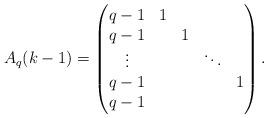
LaTeX: \begin{align*} A_q(k-1) = \begin{pmatrix} q-1 & 1 & & & \\ q-1 & & 1 & & \\ \vdots & & & \ddots & \\ q-1 & & & & 1\\ q-1 & & & & \end{pmatrix}.\end{align*}